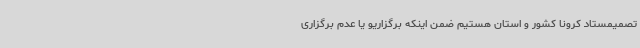
تصمیمستاد کرونا کشور و استان هستیم ضمن اینکه برگزاریو یا عدم برگزاری